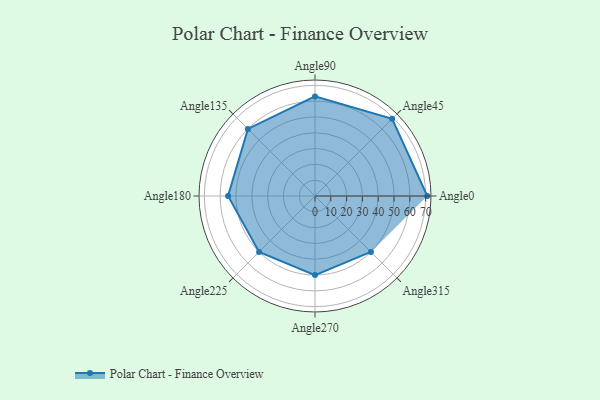
{"axis": {"x": "Angle", "y": "Radius"}, "legend": [""], "data": [{"x": "Angle0", "y": 71.0, "type": ""}, {"x": "Angle45", "y": 69.0, "type": ""}, {"x": "Angle90", "y": 63.0, "type": ""}, {"x": "Angle135", "y": 60.0, "type": ""}, {"x": "Angle180", "y": 55.0, "type": ""}, {"x": "Angle225", "y": 50, "type": ""}, {"x": "Angle270", "y": 50, "type": ""}, {"x": "Angle315", "y": 50, "type": ""}]}